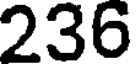
236